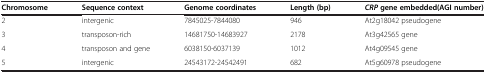
| Chromosome | Sequence context | Genome coordinates | Length (bp) | CRPgene embedded(AGI number) |
 | --- | --- | --- | --- | --- |
 | 2 | intergenic | 7845025-7844080 | 946 | At2g18042 pseudogene |
 | 3 | transposon-rich | 14681750-14683927 | 2178 | At3g42565 gene |
 | 4 | transposon and gene | 6038150-6037139 | 1012 | At4g09545 gene |
 | 5 | intergenic | 24543172-24542491 | 682 | At5g60978 pseudogene |